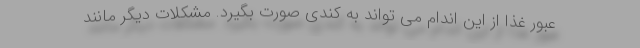
عبور غذا از این اندام می تواند به کندی صورت بگیرد. مشکلات دیگر مانند